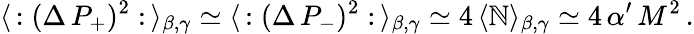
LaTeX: \langle\, :(\Delta\, P_{+})^{2}:\, \rangle_{\beta,\gamma}\simeq\langle\, :(\Delta\, P_{-})^{2}:\, \rangle_{\beta,\gamma}\simeq4\, \langle\mathbb{N}\rangle_{\beta,\gamma}\simeq4\, \alpha^{\prime}\, M^{2}\, .